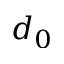
d _ { 0 }